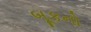
બૂકનો